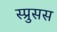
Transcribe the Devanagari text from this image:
स्प्रुसस